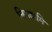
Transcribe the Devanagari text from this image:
निगदामि